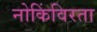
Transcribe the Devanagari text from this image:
नोकिंविरता